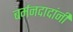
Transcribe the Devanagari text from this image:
बर्मनदादांनी